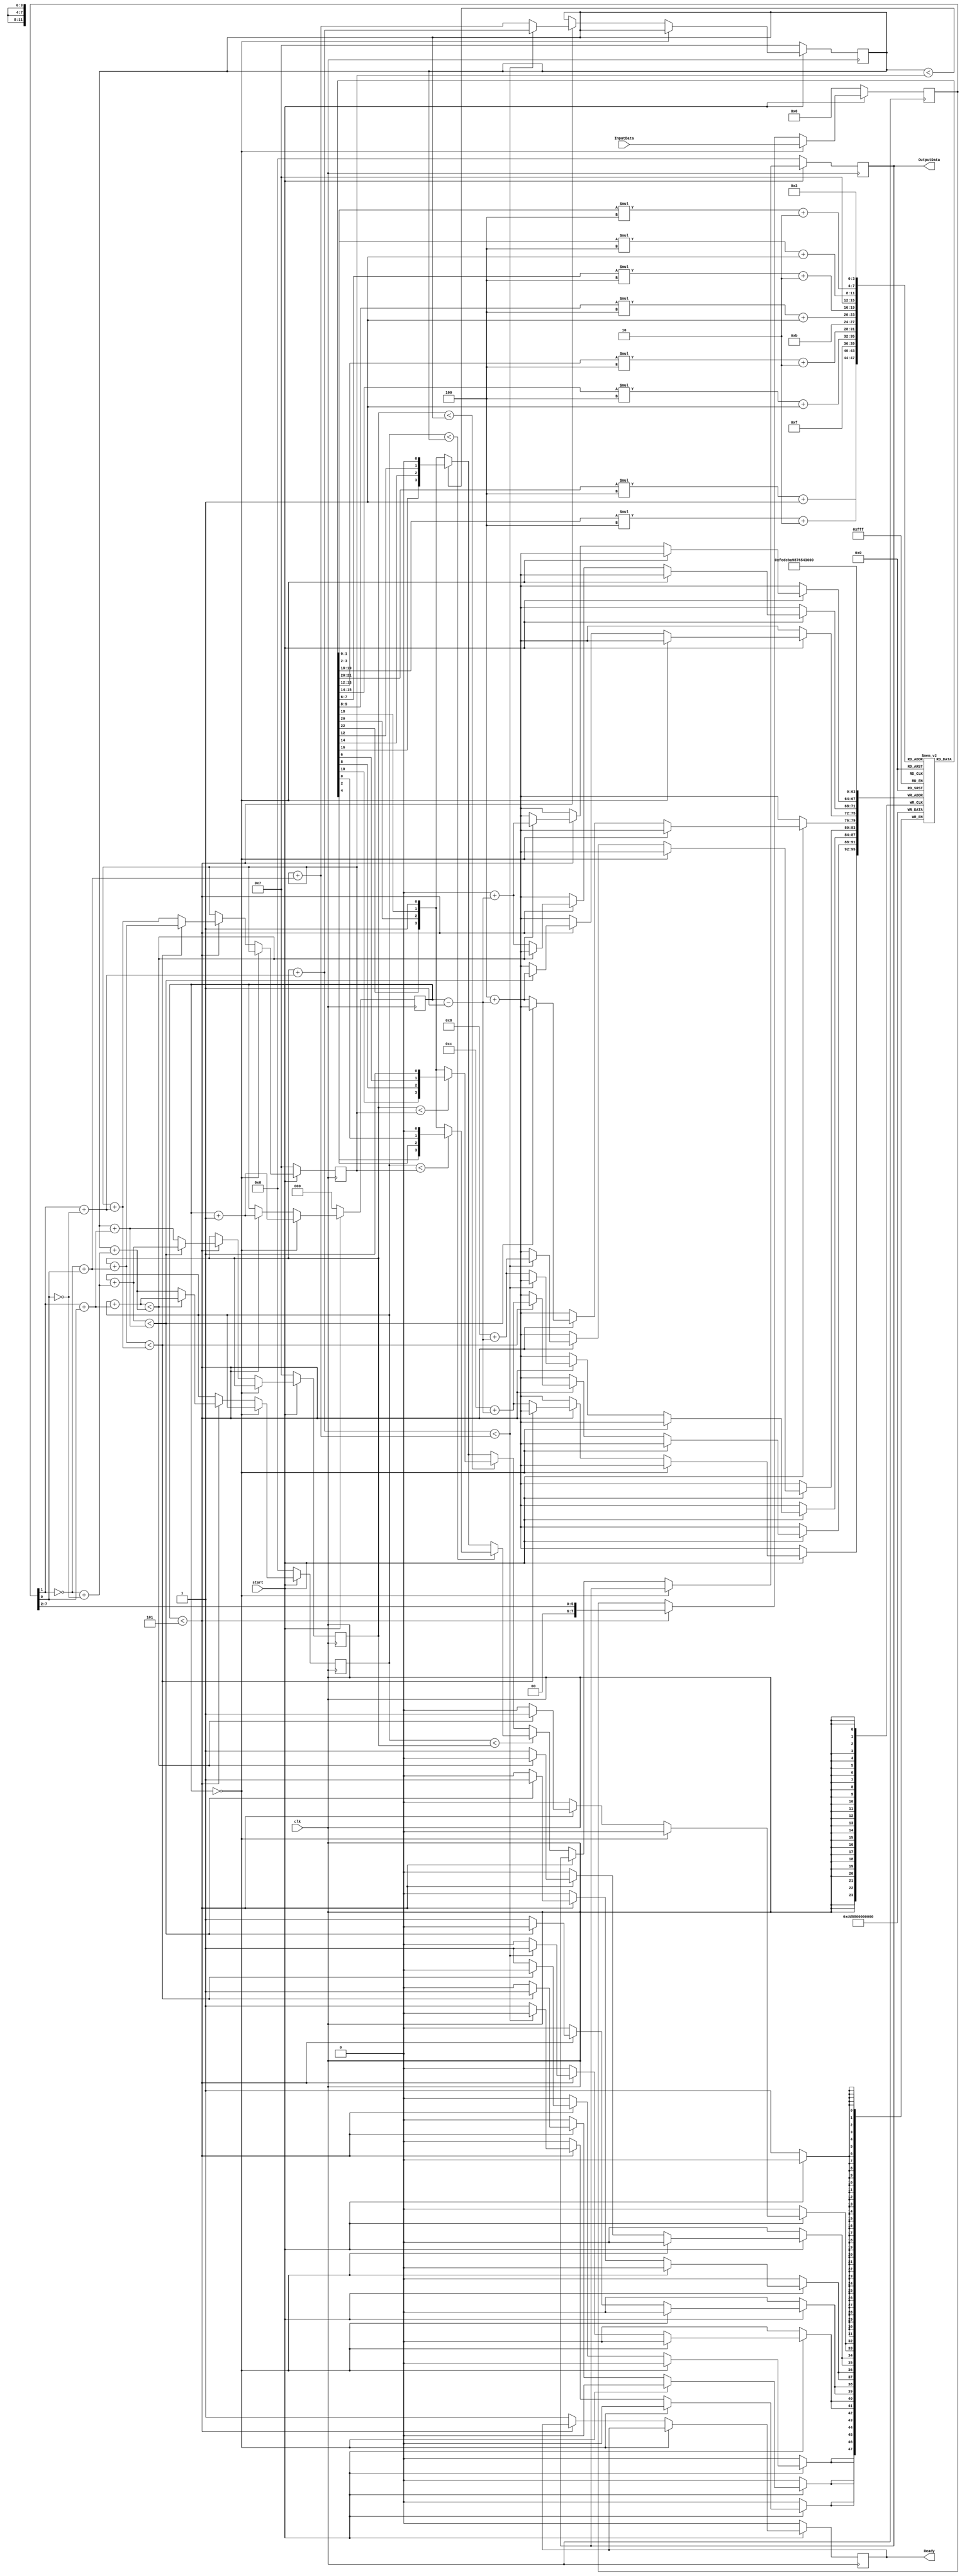
`timescale 1ns / 1ps
//////////////////////////////////////////////////////////////////////////////////
// Company: 
// Engineer: 
// 
// Design Name: 
// Module Name: ViterbiEnccoder
// Project Name: 
// Target Devices: 
// Tool Versions: 
// Description: 
// 
// Dependencies: 
// 
// Revision:
// Revision 0.01 - File Created
// Additional Comments:
// 
//////////////////////////////////////////////////////////////////////////////////


module ViterbiDecoder(
    input clk,
    input start,
    input [7:0] InputData,
    output reg [3:0] OutputData,
    output reg Ready
    );
    reg [1:0] error [1:0][1:0];
    reg [3:0] cost [3:0];
    reg [1:0] lastState [3:0][3:0];

    reg[7:0] inputTemp;
    reg[2:0] counter;

    integer i;
    integer j;

    always @(posedge clk) begin
        if(!start) begin
            OutputData <= 0;
            inputTemp <= 0;
            counter <= 0;
            Ready <= 0;
            for(i = 0; i < 4; i = i + 1)
                for(j = 0; j < 4; j = j + 1)
                    lastState[i][j] <= 0;
            cost[0] <= 0;
            for(i = 1; i < 4; i = i + 1)
                cost[i] <= 4'b111;
        end else begin
            if(counter == 0) begin
                counter <= counter + 1;
                inputTemp <= InputData;
            end else if(counter < 5) begin
                counter <= counter + 1;
                inputTemp <= inputTemp >> 2;
                if((cost[0] + error[0][0]) < (cost[2] + error[1][1])) begin
                    cost[0] <= cost[0] + error[0][0];
                    lastState[0][counter-1] <= 0;
                end else begin
                    cost[0] <= cost[2] + error[1][1];
                    lastState[0][counter-1] <= 2;
                end

                if((cost[0] + error[1][1]) < (cost[2] + error[0][0])) begin
                    cost[1] <= cost[0] + error[1][1];
                    lastState[1][counter-1] <= 0;
                end else begin
                    cost[1] <= cost[2] + error[0][0];
                    lastState[1][counter-1] <= 2;
                end

                if((cost[1] + error[0][1]) < (cost[3] + error[1][0])) begin
                    cost[2] <= cost[1] + error[0][1];
                    lastState[2][counter-1] <= 1;
                end else begin
                    cost[2] <= cost[3] + error[1][0];
                    lastState[2][counter-1] <= 3;
                end

                if((cost[1] + error[1][0]) < (cost[3] + error[0][1])) begin
                    cost[3] <= cost[1] + error[1][0];
                    lastState[3][counter-1] <= 1;
                end else begin
                    cost[3] <= cost[3] + error[0][1];
                    lastState[3][counter-1] <= 3;
                end

            end else begin
                Ready <= 1;
                if(cost[0] < cost[1]) begin
                    if(cost[0] < cost[2]) begin
                        if(cost[0] < cost[3]) begin
                            OutputData <= {
                                lastState[lastState[lastState[0][3]][2]][1][0],
                                lastState[lastState[0][3]][2][0],
                                lastState[0][3][0],
                                1'b0};
                        end else begin
                            OutputData <= {
                                lastState[lastState[lastState[3][3]][2]][1][0],
                                lastState[lastState[3][3]][2][0],
                                lastState[3][3][0],
                                1'b1};
                        end
                    end else begin
                        if(cost[2] < cost[3]) begin
                            OutputData <= {
                                lastState[lastState[lastState[2][3]][2]][1][0],
                                lastState[lastState[2][3]][2][0],
                                lastState[2][3][0],
                                1'b0};
                        end else begin
                            OutputData <= {
                                lastState[lastState[lastState[3][3]][2]][1][0],
                                lastState[lastState[3][3]][2][0],
                                lastState[3][3][0],
                                1'b1};
                        end
                    end
                end else begin
                    if(cost[1] < cost[2]) begin
                        if(cost[1] < cost[3]) begin
                            OutputData <= {
                                lastState[lastState[lastState[1][3]][2]][1][0],
                                lastState[lastState[1][3]][2][0],
                                lastState[1][3][0],
                                1'b1};
                        end else begin
                            OutputData <= {
                                lastState[lastState[lastState[3][3]][2]][1][0],
                                lastState[lastState[3][3]][2][0],
                                lastState[3][3][0],
                                1'b1};
                        end
                    end else begin
                        if(cost[2] < cost[3]) begin
                            OutputData <= {
                                lastState[lastState[lastState[2][3]][2]][1][0],
                                lastState[lastState[2][3]][2][0],
                                lastState[2][3][0],
                                1'b0};
                        end else begin
                            OutputData <= {
                                lastState[lastState[lastState[3][3]][2]][1][0],
                                lastState[lastState[3][3]][2][0],
                                lastState[3][3][0],
                                1'b1};
                        end
                    end
                end
            end
        end
    end

    always @(*) begin
        error[0][0] = {1'b0, inputTemp[1]} + {1'b0, inputTemp[0]};
        error[1][1] = {1'b0, ~inputTemp[1]} + {1'b0, ~inputTemp[0]};
        error[0][1] = {1'b0, inputTemp[1]} + {1'b0, ~inputTemp[0]};
        error[1][0] = {1'b0, ~inputTemp[1]} + {1'b0, inputTemp[0]};
    end

endmodule